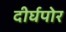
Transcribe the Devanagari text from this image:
दीर्घपोर